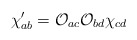
\begin{align*}\chi'_{ab}=\mathcal{O}_{ac}\mathcal{O}_{bd}\chi_{cd}\end{align*}